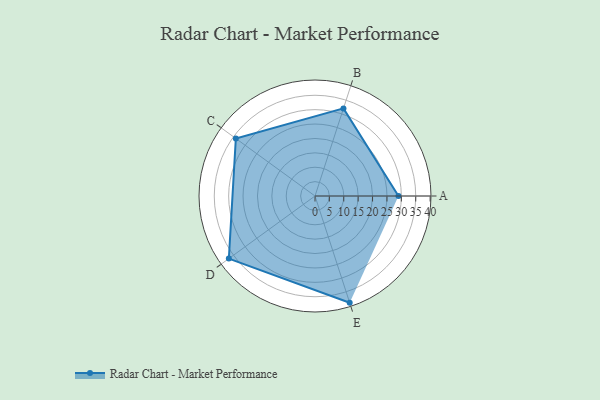
{"axis": {"x": "Skill", "y": "Score"}, "legend": ["Profile"], "data": [{"x": "A", "y": 29.0, "type": "Profile"}, {"x": "B", "y": 32.0, "type": "Profile"}, {"x": "C", "y": 34.0, "type": "Profile"}, {"x": "D", "y": 37.0, "type": "Profile"}, {"x": "E", "y": 39.0, "type": "Profile"}]}